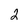
Character: 2